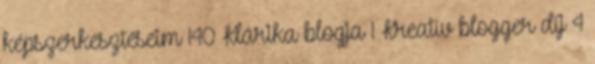
képszerkesztéseim 140 Klárika blogja 1 Kreatív blogger díj 4